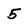
Character: 5